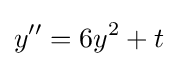
y^{\prime \prime }=6y^{2}+t